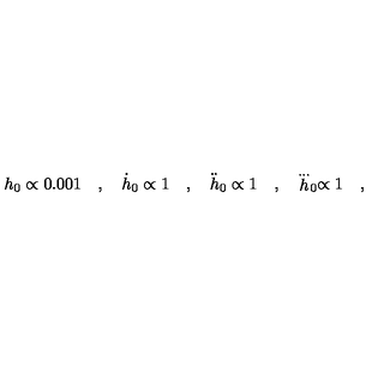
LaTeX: h _ { 0 } \propto 0 . 0 0 1 \quad , \quad \dot { h } _ { 0 } \propto 1 \quad , \quad \ddot { h } _ { 0 } \propto 1 \quad , \quad \stackrel { . . . } h _ { 0 } \propto 1 \quad ,